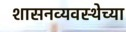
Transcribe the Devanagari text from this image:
शासनव्यवस्थेच्या